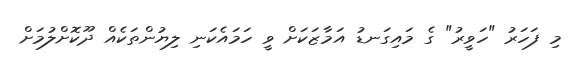
މި ފަހަރު "ހަވީރު" ގެ މައިގަނޑު އަމާޒަކަށް ވީ ހަމައެކަނި ލިޔުންތަކެއް ދޫކޮށްލުމަށް